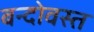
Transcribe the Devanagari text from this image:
बन्दोवस्त